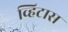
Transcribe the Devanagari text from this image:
व्हिटास